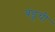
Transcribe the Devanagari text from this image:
बंडूची